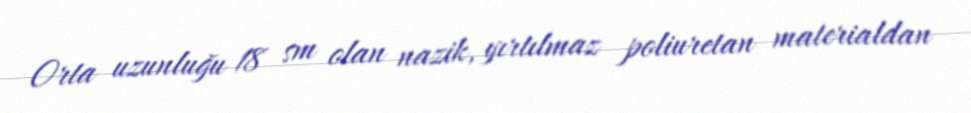
Orta uzunluğu 18 sm olan nazik, yırtılmaz poliuretan materialdan